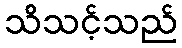
သိသင့်သည်